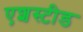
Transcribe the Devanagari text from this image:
एशस्टीड